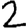
Digit: 2